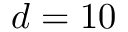
d = 1 0